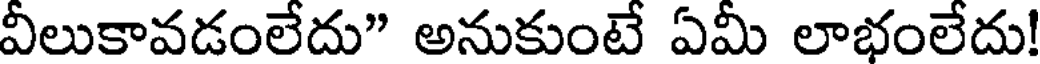
వీలుకావడంలేదు" అనుకుంటే ఏమీ లాభంలేదు